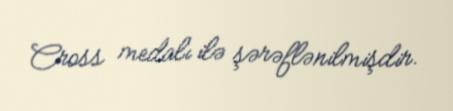
Cross medalı ilə şərəflənilmişdir.